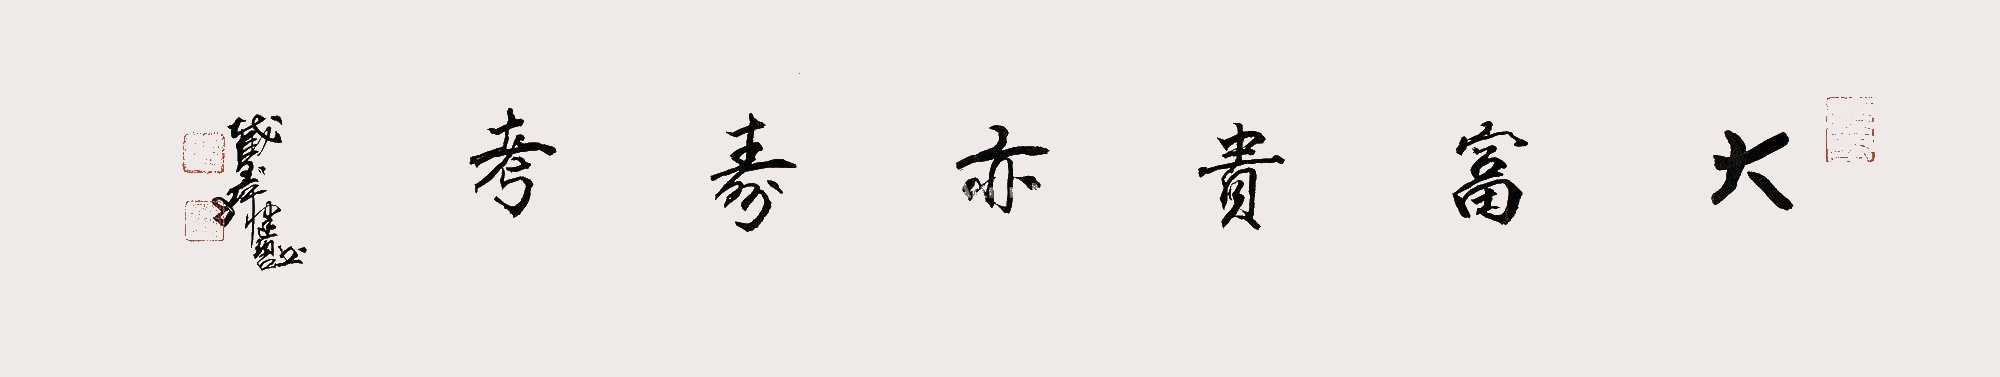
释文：大富贵，亦寿考。截玉轩健碧。